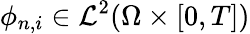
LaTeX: \phi_{n,i}\in\mathcal{L}^{2}(\Omega\times[0,T])